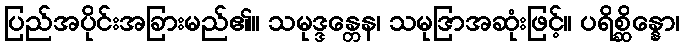
ပြည်အပိုင်းအခြားမည်၏။ သမုဒ္ဒန္တေန၊ သမုဒြာအဆုံးဖြင့်။ ပရိစ္ဆိန္နော၊